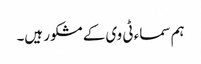
ہم سماء ٹی وی کے مشکور ہیں۔